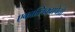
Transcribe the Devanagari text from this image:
एकात्लिक्वापेचो